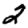
Digit: 2